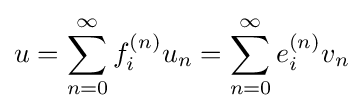
u=\sum _{n=0}^{\infty }f_{i}^{(n)}u_{n}=\sum _{n=0}^{\infty }e_{i}^{(n)}v_{n}